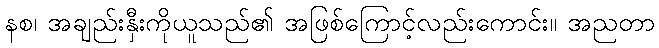
နစ၊ အချည်းနှီးကိုယူသည်၏ အဖြစ်ကြောင့်လည်းကောင်း။ အညတာ